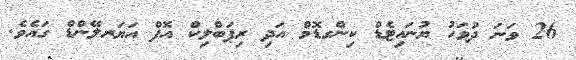
26 ވަނަ ދުވަހު ޔުނައިޓެޑް ކިންގޑޮމް އަދި ރިޕަބްލިކް އޮފް އަޔަރލޭންޑް ގައެވެ.